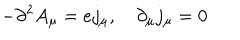
- \partial ^ { 2 } A _ { \mu } = e j _ { \mu } , \quad \partial _ { \mu } j _ { \mu } = 0